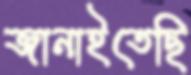
জানাইতেছি